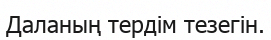
Даланың тердім тезегін.